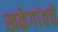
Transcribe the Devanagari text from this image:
खळेगांवचे